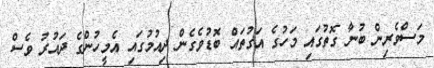
މަސްވެރިން ބުނާ ގޮތުގައި މަހުގެ އަގުތައް ބޮޑުވެގެން ދިއުމުގައި އެމީހުންގެ ދައުރު ވެސް